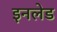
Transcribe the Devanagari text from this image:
इनलेड